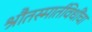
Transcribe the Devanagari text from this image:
श्रौतस्मार्तविधींचा